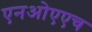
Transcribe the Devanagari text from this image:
एनओएएच